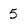
Character: 5